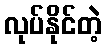
လုပ်နိုင်တဲ့